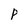
Character: P